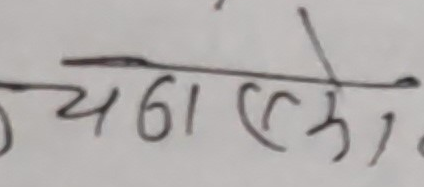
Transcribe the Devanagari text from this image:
यदाएको